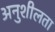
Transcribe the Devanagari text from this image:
अनुशीलता